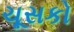
ચૂસકો